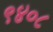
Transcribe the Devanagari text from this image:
९४०८